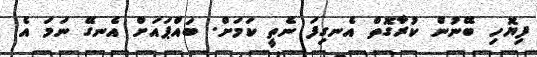
ފިޔޮހި ބޭނުން ކުރާގޮތް އެނގިފަ ނެތީ ކަމަށް. ބައްޕައަށް އެނގޭ ނަމަ އެ